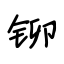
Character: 铆